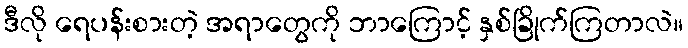
ဒီလို ရေပန်းစားတဲ့ အရာတွေကို ဘာကြောင့် နှစ်ခြိုက်ကြတာလဲ။